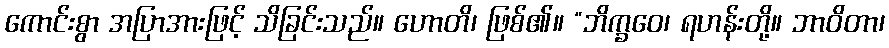
ကောင်းစွာ အပြာအားဖြင့် သိခြင်းသည်။ ဟောတိ၊ ဖြစ်၏။ “ဘိက္ခဝေ၊ ရဟန်းတို့။ ဘာဝိတာ၊